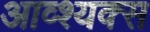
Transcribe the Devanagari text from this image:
आव्श्यक्स